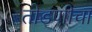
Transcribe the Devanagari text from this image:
तोडणीचा